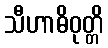
သီဟာဓိဝုတ္တိ